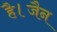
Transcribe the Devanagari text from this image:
है।जैन